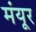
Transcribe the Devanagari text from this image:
मंयूर